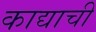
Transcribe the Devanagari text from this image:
काद्याची